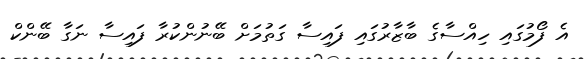
އެ ފޯމުގައި ހިއްސާގެ ބާޒާރުގައި ފައިސާ ގަތުމަށް ބޭނުންކުރާ ފައިސާ ނަގާ ބޭންކް